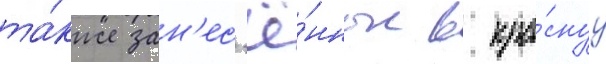
та́кже зан'ес'ё́нные в кра́снуу